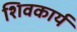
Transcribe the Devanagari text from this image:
शिवकार्य